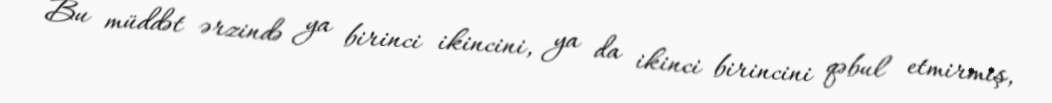
Bu müddət ərzində ya birinci ikincini, ya da ikinci birincini qəbul etmirmiş,